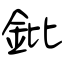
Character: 鈚